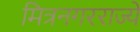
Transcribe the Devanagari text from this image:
मित्रनगरराज्ये